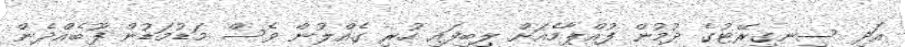
އަދި ސިނގިރޭޓުގެ ދުމުން ފުއްޕާމެއަށް ލިބިފައި ހުރި ގެއްލުން ވެސް މަޑުމަޑުން ފޫބެއްދެން